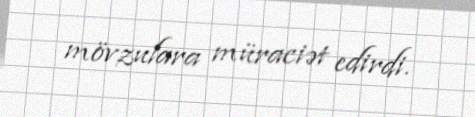
mövzulara müraciət edirdi.